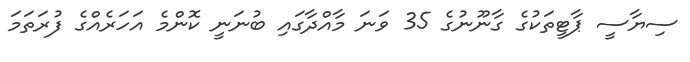
ސިޔާސީ ޕާޓީތަކުގެ ގާނޫނުގެ 35 ވަނަ މާއްދާގައި ބުނަނީ ކޮންމެ އަހަރެއްގެ ފުރަތަމަ